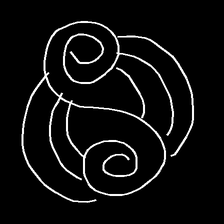
Glyph: wind-underfoot